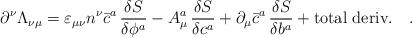
LaTeX: \begin{align*}\partial^\nu \Lambda_{\nu \mu} = \varepsilon_{\mu \nu} n^\nu \bar{c}^a \, \frac{\delta S}{\delta \phi^a} - A^a_\mu \, \frac{\delta S}{\delta c^a} + \partial_\mu \bar{c}^a \, \frac{\delta S}{\delta b^a} + \mbox{total deriv.} \quad .\end{align*}